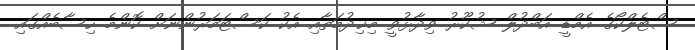
ސްޓެލްކޯގެ އެމްޑީ އަބްދުލް ޝުކޫރު ވިދާޅުވީ މިޚިދުމަތާއި އެކު ކަސްޓަމަރުންނަށް ކޮންމެ ހިސާބެއްގައި